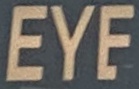
EYE